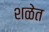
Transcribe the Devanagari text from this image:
शळेत